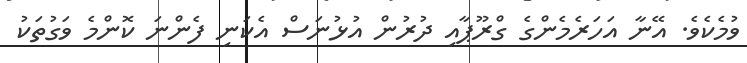
ވުމެކެވެ. އޭނާ އަހަރެމެންގެ ގްރޫޕާއި ދުރުން އުޅުނަސް އެކަނި ފެންނަ ކޮންމެ ވަގުތަކު